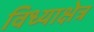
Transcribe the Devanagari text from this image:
विध्याक्षेत्र